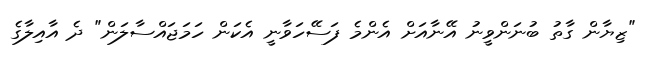
"ޒިޔާން ގާތު ބުނަންވީނު އޭނާއަށް އެންމެ ފަސޭހަވާނީ އެކަން ހަމަޖައްސާލަން" ދެ އާއިލާގެ